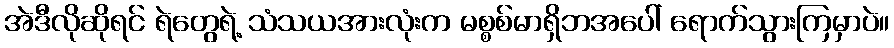
အဲဒီလိုဆိုရင် ရဲတွေရဲ့ သံသယအားလုံးက မစ္စစ်မာရှိဘအပေါ် ရောက်သွားကြမှာပဲ။